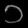
Digit: ၁